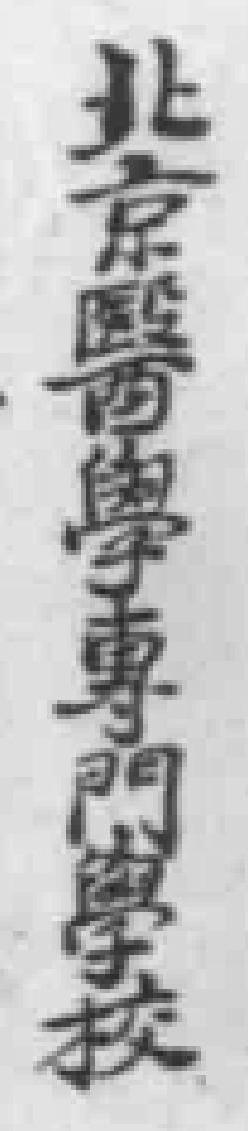
北京醫學專門寧校